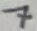
Text: 7